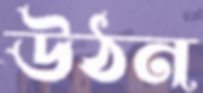
উঠন